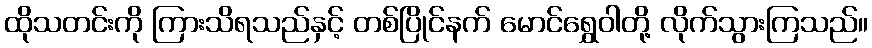
ထိုသတင်းကို ကြားသိရသည်နှင့် တစ်ပြိုင်နက် မောင်ရွှေဝါတို့ လိုက်သွားကြသည်။